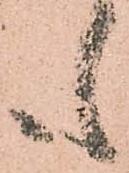
も